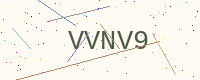
Text: VVNV9